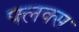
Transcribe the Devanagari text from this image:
फ्लक्‍स